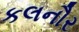
કલનૌર